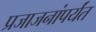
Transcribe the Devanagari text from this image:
प्रजाजनांपर्यंत